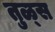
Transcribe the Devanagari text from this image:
तुळ्स